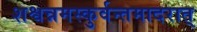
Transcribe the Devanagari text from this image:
शश्वन्नमस्कुर्वन्तमादरात्